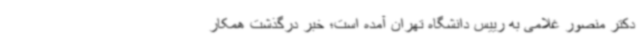
دکتر منصور غلامی به رییس دانشگاه تهران آمده است؛ خبر درگذشت همکار